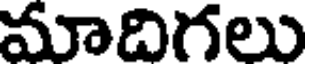
మాదిగలు